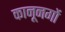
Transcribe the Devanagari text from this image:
कानूनगों